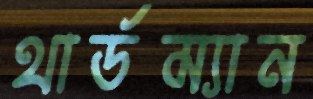
থার্ডম্যান